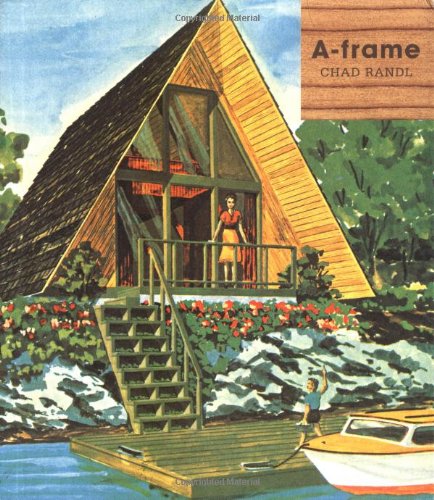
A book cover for A-frame; Chad Randl; Arts & Photography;